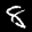
Label: 8